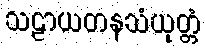
သဠာယတနသံယုတ္တံ